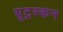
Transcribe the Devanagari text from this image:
यूट्रस्कन